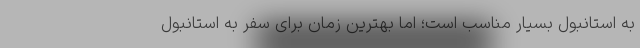
به استانبول بسیار مناسب است؛ اما بهترین زمان برای سفر به استانبول